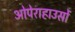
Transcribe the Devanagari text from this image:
ओपेराहाउसों